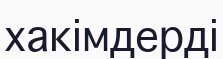
хакімдерді